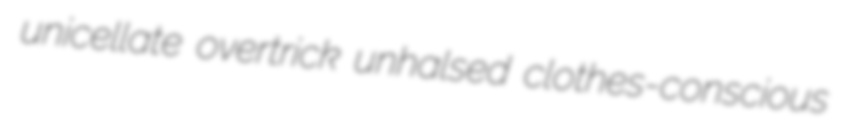
unicellate overtrick unhalsed clothes-conscious